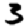
Digit: 3